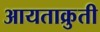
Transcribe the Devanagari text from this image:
आयताक्रुती